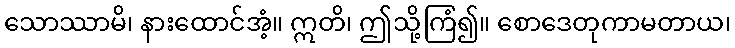
သောဿာမိ၊ နားထောင်အံ့။ ဣတိ၊ ဤသို့ကြံ၍။ စောဒေတုကာမတာယ၊